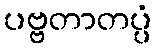
ပဗ္ဗတာတပ္ပံ